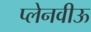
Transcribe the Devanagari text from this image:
प्लेनवीऊ